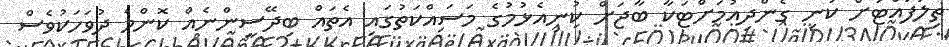
ތިލަފުއްޓަށް ކުނި ގެންދިއުމަށްޓަކާ ބާޖަށް ކުނިއެޅުމުގެ މަސައްކަތުގައި އެތައް ބިދޭސީންނެއް ކޮންމެ ދުވަހަކުވެސް